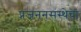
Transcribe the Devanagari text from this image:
प्रजननसंस्थेचा